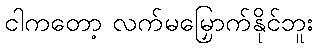
ငါကတော့ လက်မမြှောက်နိုင်ဘူး